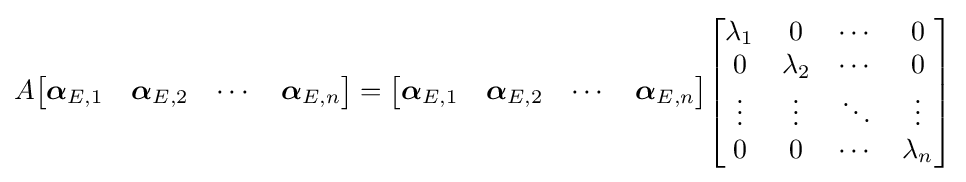
A{\begin{bmatrix}{\boldsymbol {\alpha }}_{E,1}&{\boldsymbol {\alpha }}_{E,2}&\cdots &{\boldsymbol {\alpha }}_{E,n}\end{bmatrix}}={\begin{bmatrix}{\boldsymbol {\alpha }}_{E,1}&{\boldsymbol {\alpha }}_{E,2}&\cdots &{\boldsymbol {\alpha }}_{E,n}\end{bmatrix}}{\begin{bmatrix}\lambda _{1}&0&\cdots &0\\0&\lambda _{2}&\cdots &0\\\vdots &\vdots &\ddots &\vdots \\0&0&\cdots &\lambda _{n}\end{bmatrix}}